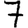
Digit: 7